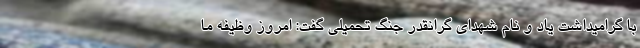
با گرامیداشت یاد و نام شهدای گرانقدر جنگ تحمیلی گفت: امروز وظیفه ما